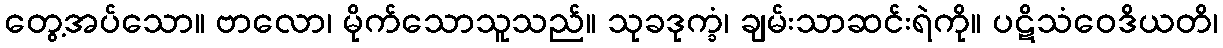
တွေ့အပ်သော။ ဗာလော၊ မိုက်သောသူသည်။ သုခဒုက္ခံ၊ ချမ်းသာဆင်းရဲကို။ ပဋိသံဝေဒိယတိ၊